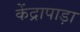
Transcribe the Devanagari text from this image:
केंद्रापाड़ा